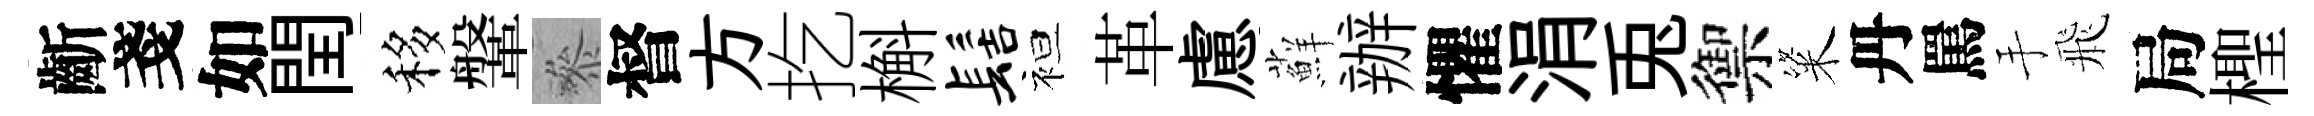
齗戔如閏移鞶叅督方扢槲髻袒革慮蘚辦懼涓兎禦粢丹罵手飛局檉